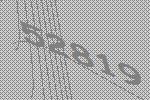
52819